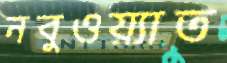
নবুওয়্যাত